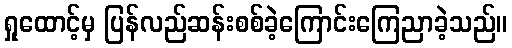
ရှုထောင့်မှ ပြန်လည်ဆန်းစစ်ခဲ့ကြောင်းကြေညာခဲ့သည်။